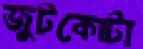
জুটকোটা